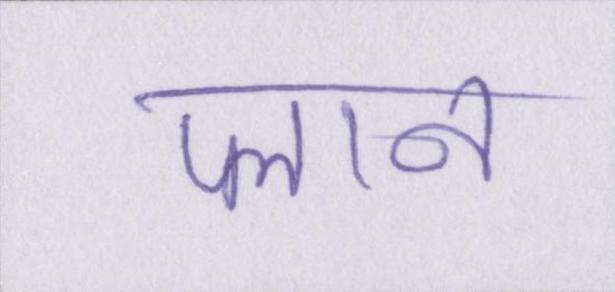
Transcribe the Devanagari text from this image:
प्लान